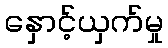
နှောင့်ယှက်မှု